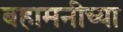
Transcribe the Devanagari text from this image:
बहामनीच्या